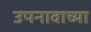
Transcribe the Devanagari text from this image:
उपनावाच्या